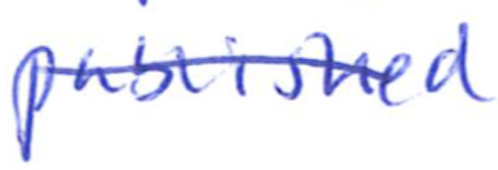
Text: published
Cross-out: mix
Writing tool: ballpoint